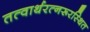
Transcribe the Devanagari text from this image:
तत्वार्थरत्नरूरस्थित